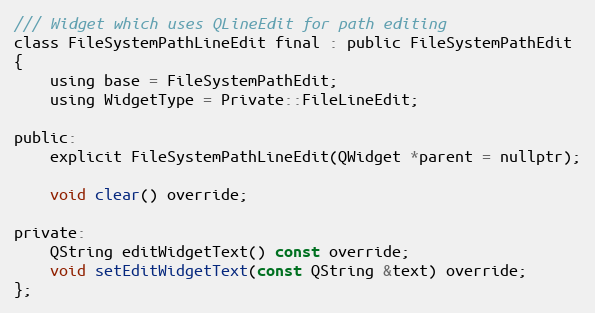
Language: C
/// Widget which uses QLineEdit for path editing
class FileSystemPathLineEdit final : public FileSystemPathEdit
{
    using base = FileSystemPathEdit;
    using WidgetType = Private::FileLineEdit;

public:
    explicit FileSystemPathLineEdit(QWidget *parent = nullptr);

    void clear() override;

private:
    QString editWidgetText() const override;
    void setEditWidgetText(const QString &text) override;
};